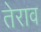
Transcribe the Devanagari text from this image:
तेराव